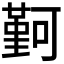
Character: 𫮭